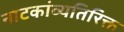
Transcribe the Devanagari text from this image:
नाटकांव्यतिरिक्त